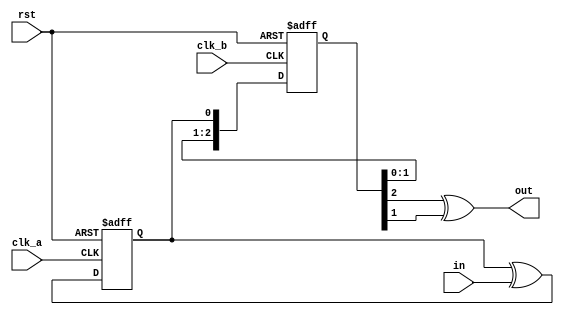
module monostable_domain_cross(
    input rst,
    input clk_a,
    input in, 
    input clk_b,
    output out
);

// this changes level when the in is seen in clk_a
reg toggle_clk_a;
always @(posedge clk_a or posedge rst)
begin
    if (rst)
        toggle_clk_a <= 0;
    else
        toggle_clk_a <= toggle_clk_a ^ in;
end

// which can then be sync-ed to clk_b
reg [2:0] sync_clk_b;
always @(posedge clk_b or posedge rst)
begin
    if (rst)
        sync_clk_b <= 0;
    else
        sync_clk_b <= {sync_clk_b[1:0], toggle_clk_a};
end

// and recreate the flag in clk_b
assign out = (sync_clk_b[2] ^ sync_clk_b[1]);

endmodule